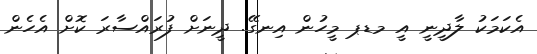
އެކަމަކު ލާދީނީ އީ މޑޕ މީހުން އިނގޭ. ދީނަށް ފުރައްސާރަ ކޮށް އެހެން